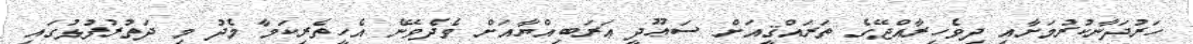
ހަރުދަނާކުރުމަށާއި ދިވެހިރާއްޖޭގެ ތަރައްޤީއަށް ސަޢޫދީ ޢަރަބިއްޔާއަށް ވެދެވޭނެ އެހީތެރިކަމާ މެދު މި ދަތުރުފުޅުގައި